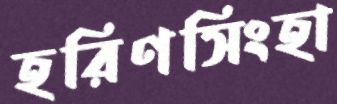
হরিণসিংহা